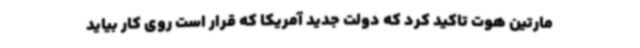
مارتین هوت تاکید کرد که دولت جدید آمریکا که قرار است روی کار بیاید